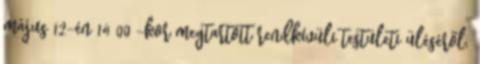
május 12-én 14 00 -kor megtartott rendkívüli testületi üléséről.